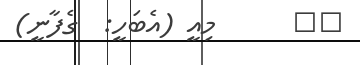
٥٦      މިއީ (އެބަހީ:  ގެފާނީ)